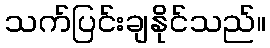
သက်ပြင်းချနိုင်သည်။